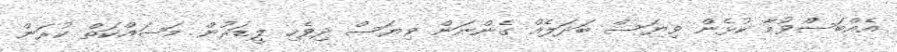
އެއްބަސްވުމާ ކުޅެން ވިޔަސް ބަދަލެއް ގެންނަން ވިޔަސް ދިވެހި ލީޑަރުން މަސައްކަތް ކުރަން